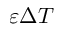
\varepsilon \Delta T